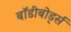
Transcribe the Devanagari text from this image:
बॉडीबोर्ड्स